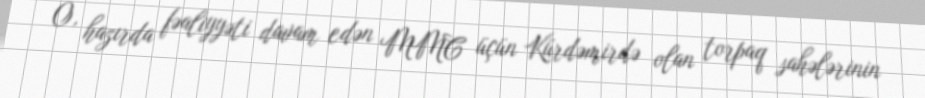
O, hazırda fəaliyyəti davam edən MMC üçün Kürdəmirdə olan torpaq sahələrinin